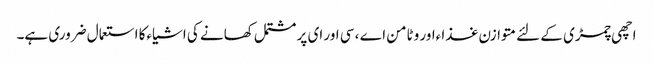
اچھی چمڑی کے لئے متوازن غذا ءاور وٹامن اے ، سی اور ای پر مشتمل کھانے کی اشیاءکا استعمال ضروری ہے۔